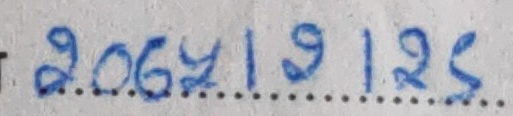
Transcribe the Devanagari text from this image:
२०६४।९।२५